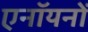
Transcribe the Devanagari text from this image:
एनॉयनों